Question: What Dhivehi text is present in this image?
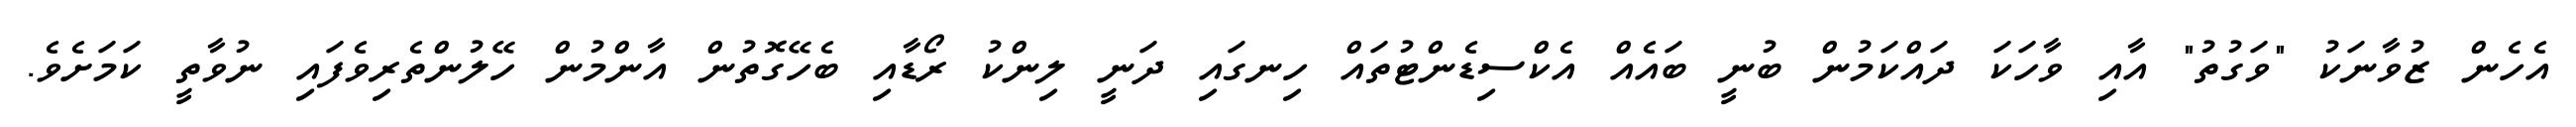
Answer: އެހެން ޒުވާނަކު "ވަގުތު" އާއި ވާހަކަ ދައްކަމުން ބުނީ ބައެއް އެކްސިޑެންޓުތައް ހިނގައި ދަނީ ލިންކު ރޯޑާއި ބެހޭގޮތުން އާންމުން ހޭލުންތެރިވެފައި ނުވާތީ ކަމަށެވެ.